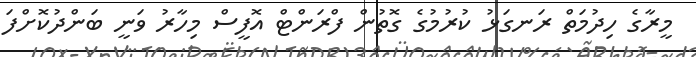
މީރާގެ ހިދުމަތް ރަނގަޅު ކުރުމުގެ ގޮތުން ފްރަންޓް އޮފީސް މިހާރު ވަނީ ބަންދުކޮށްފަ